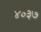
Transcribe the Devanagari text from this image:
४०३७